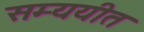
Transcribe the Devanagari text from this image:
सम्ययीत